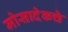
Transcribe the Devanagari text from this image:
मोसादेकचे